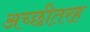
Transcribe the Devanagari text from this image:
अच्छीतरह